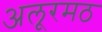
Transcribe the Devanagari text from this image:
अलूरमठ